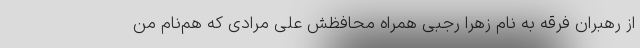
از رهبران فرقه به نام زهرا رجبی همراه محافظش علی مرادی که هم‌نام من